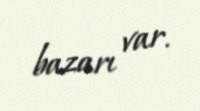
bazarı var.